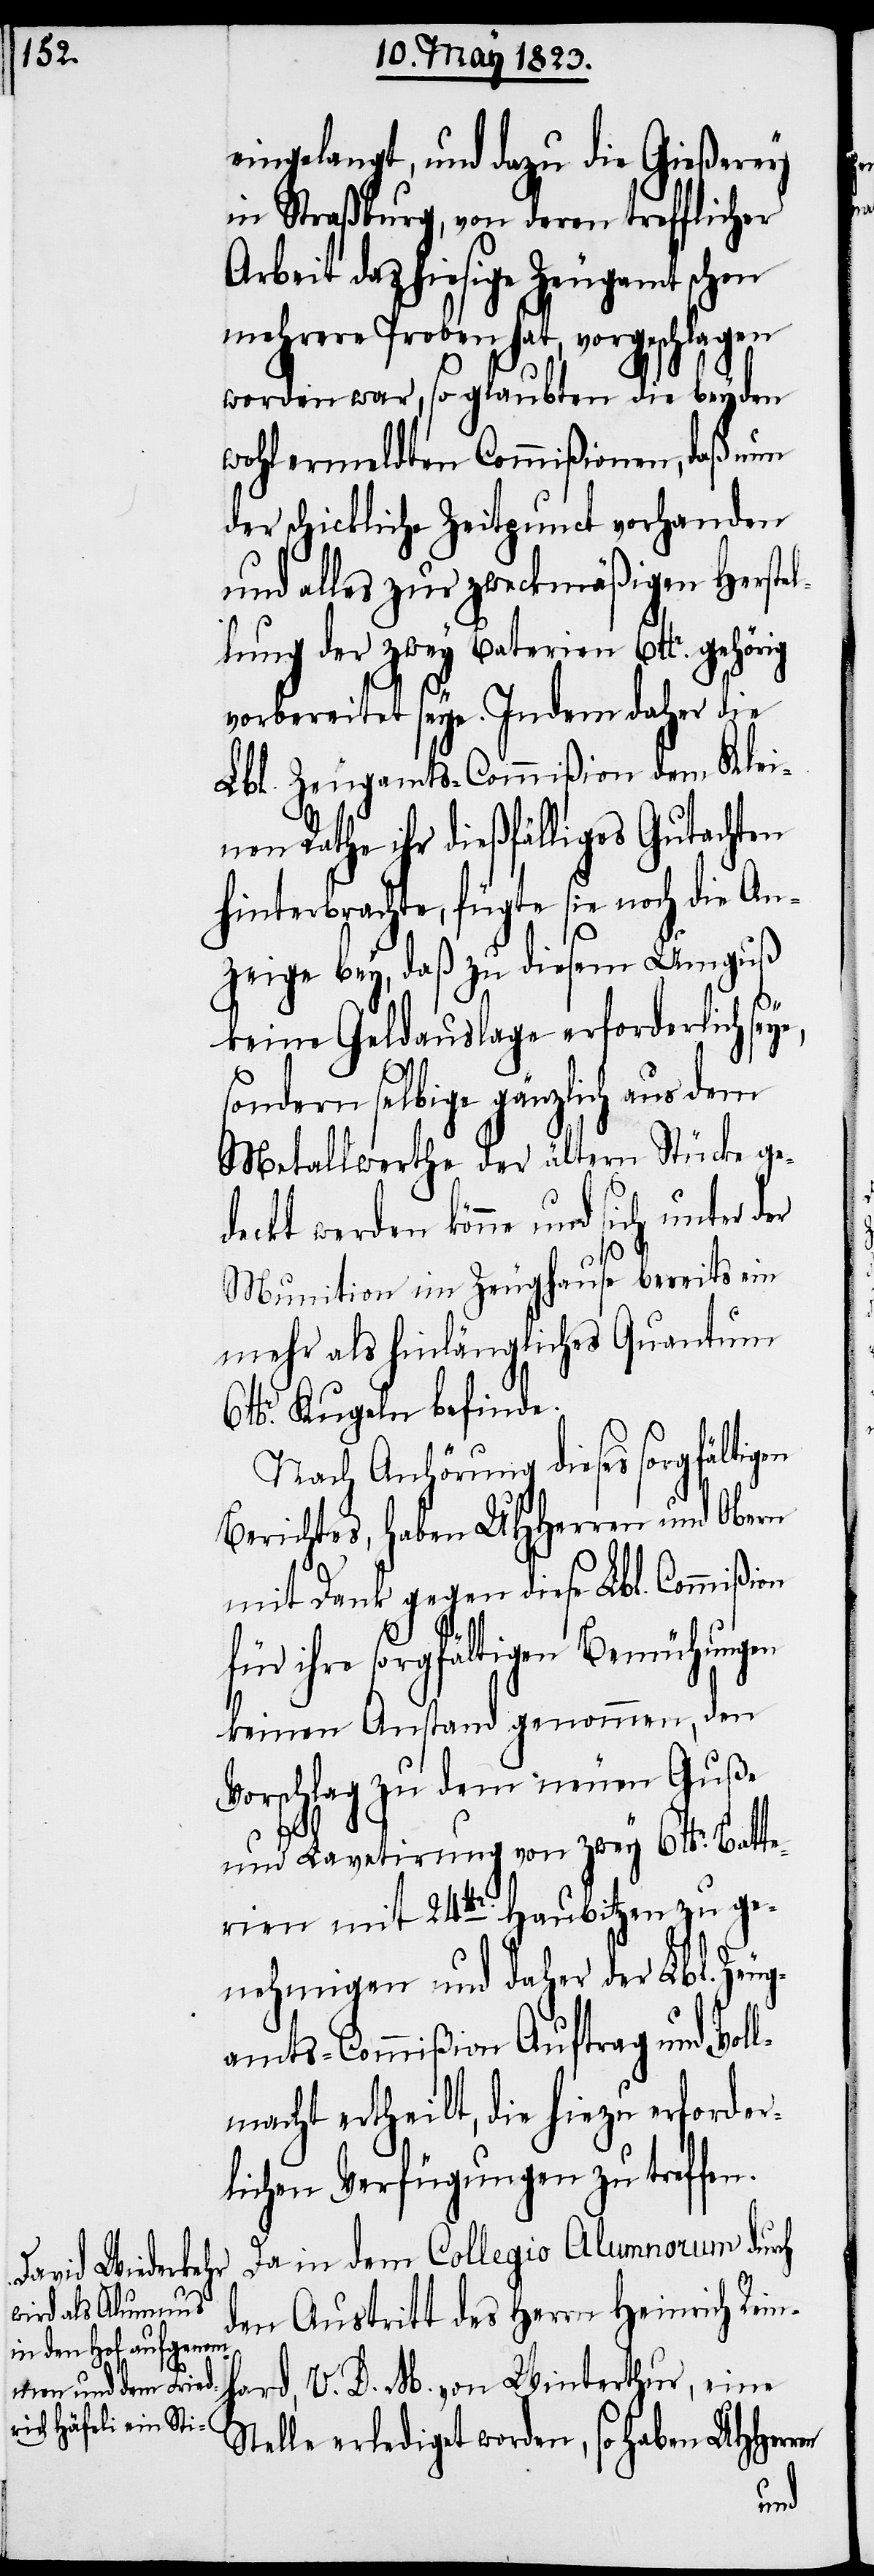
eingelangt, und dazu die Gießerey
in Straßburg, von deren trefflicher
Arbeit das hiesige Zeugamt schon
mehrere Proben hat, vorgeschlagen
worden war, so glaubten die beyden
wohlermeldten Commißionen, daß nun
der schickliche Zeitpunct vorhanden
und alles zur zweckmäßigen Herstel¬
lung der zwey Baterien 6 lbr. gehörig
vorbereitet seye. Indem daher die
Lbl. Zeugamts-Commißion dem Klei¬
nen Rathe ihr dießfälliges Gutachten
hinterbrachte, fügte sie noch die An¬
zeige bey, daß zu diesem Umguß
keine Geldauslage erforderlich seye,
sondern selbige gänzlich aus dem
Metallwerthe der ältern Stücke ge¬
deckt werden könne und sich unter der
Munition im Zeughause bereits ein
mehr als hinlängliches Quantum
lbr. Kugeln befinde.
Nach Anhörung dieses sorgfältig¬
Berichtes, haben UHHerren und Obern
mit Dank gegen diese Lbl. Commißion
für ihre sorgfältigen Bemühungen
keinen Anstand genommen, den
Vorschlag zu dem neuen Guße
und Lavetirung von zwey 6 lbr. Batte¬
rien mit 24 lbr. Haubitzen zu ge¬
nehmigen und daher der Lbl. Zeug¬
amts-Commißion Auftrag und Vol¬
lmacht ertheilt, die hiezu erforder¬
lichen Verfügungen zu treffen.
Da in dem Collegio Alumnorum durch
den Austritt des Herrn Heinrich Rein¬
hard, V. D. M. von Winterthur, eine
Stelle erlediget worden, so haben UHHerr¬
en